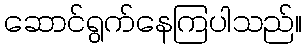
ဆောင်ရွက်နေကြပါသည်။